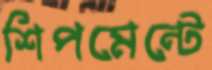
শিপমেন্টে